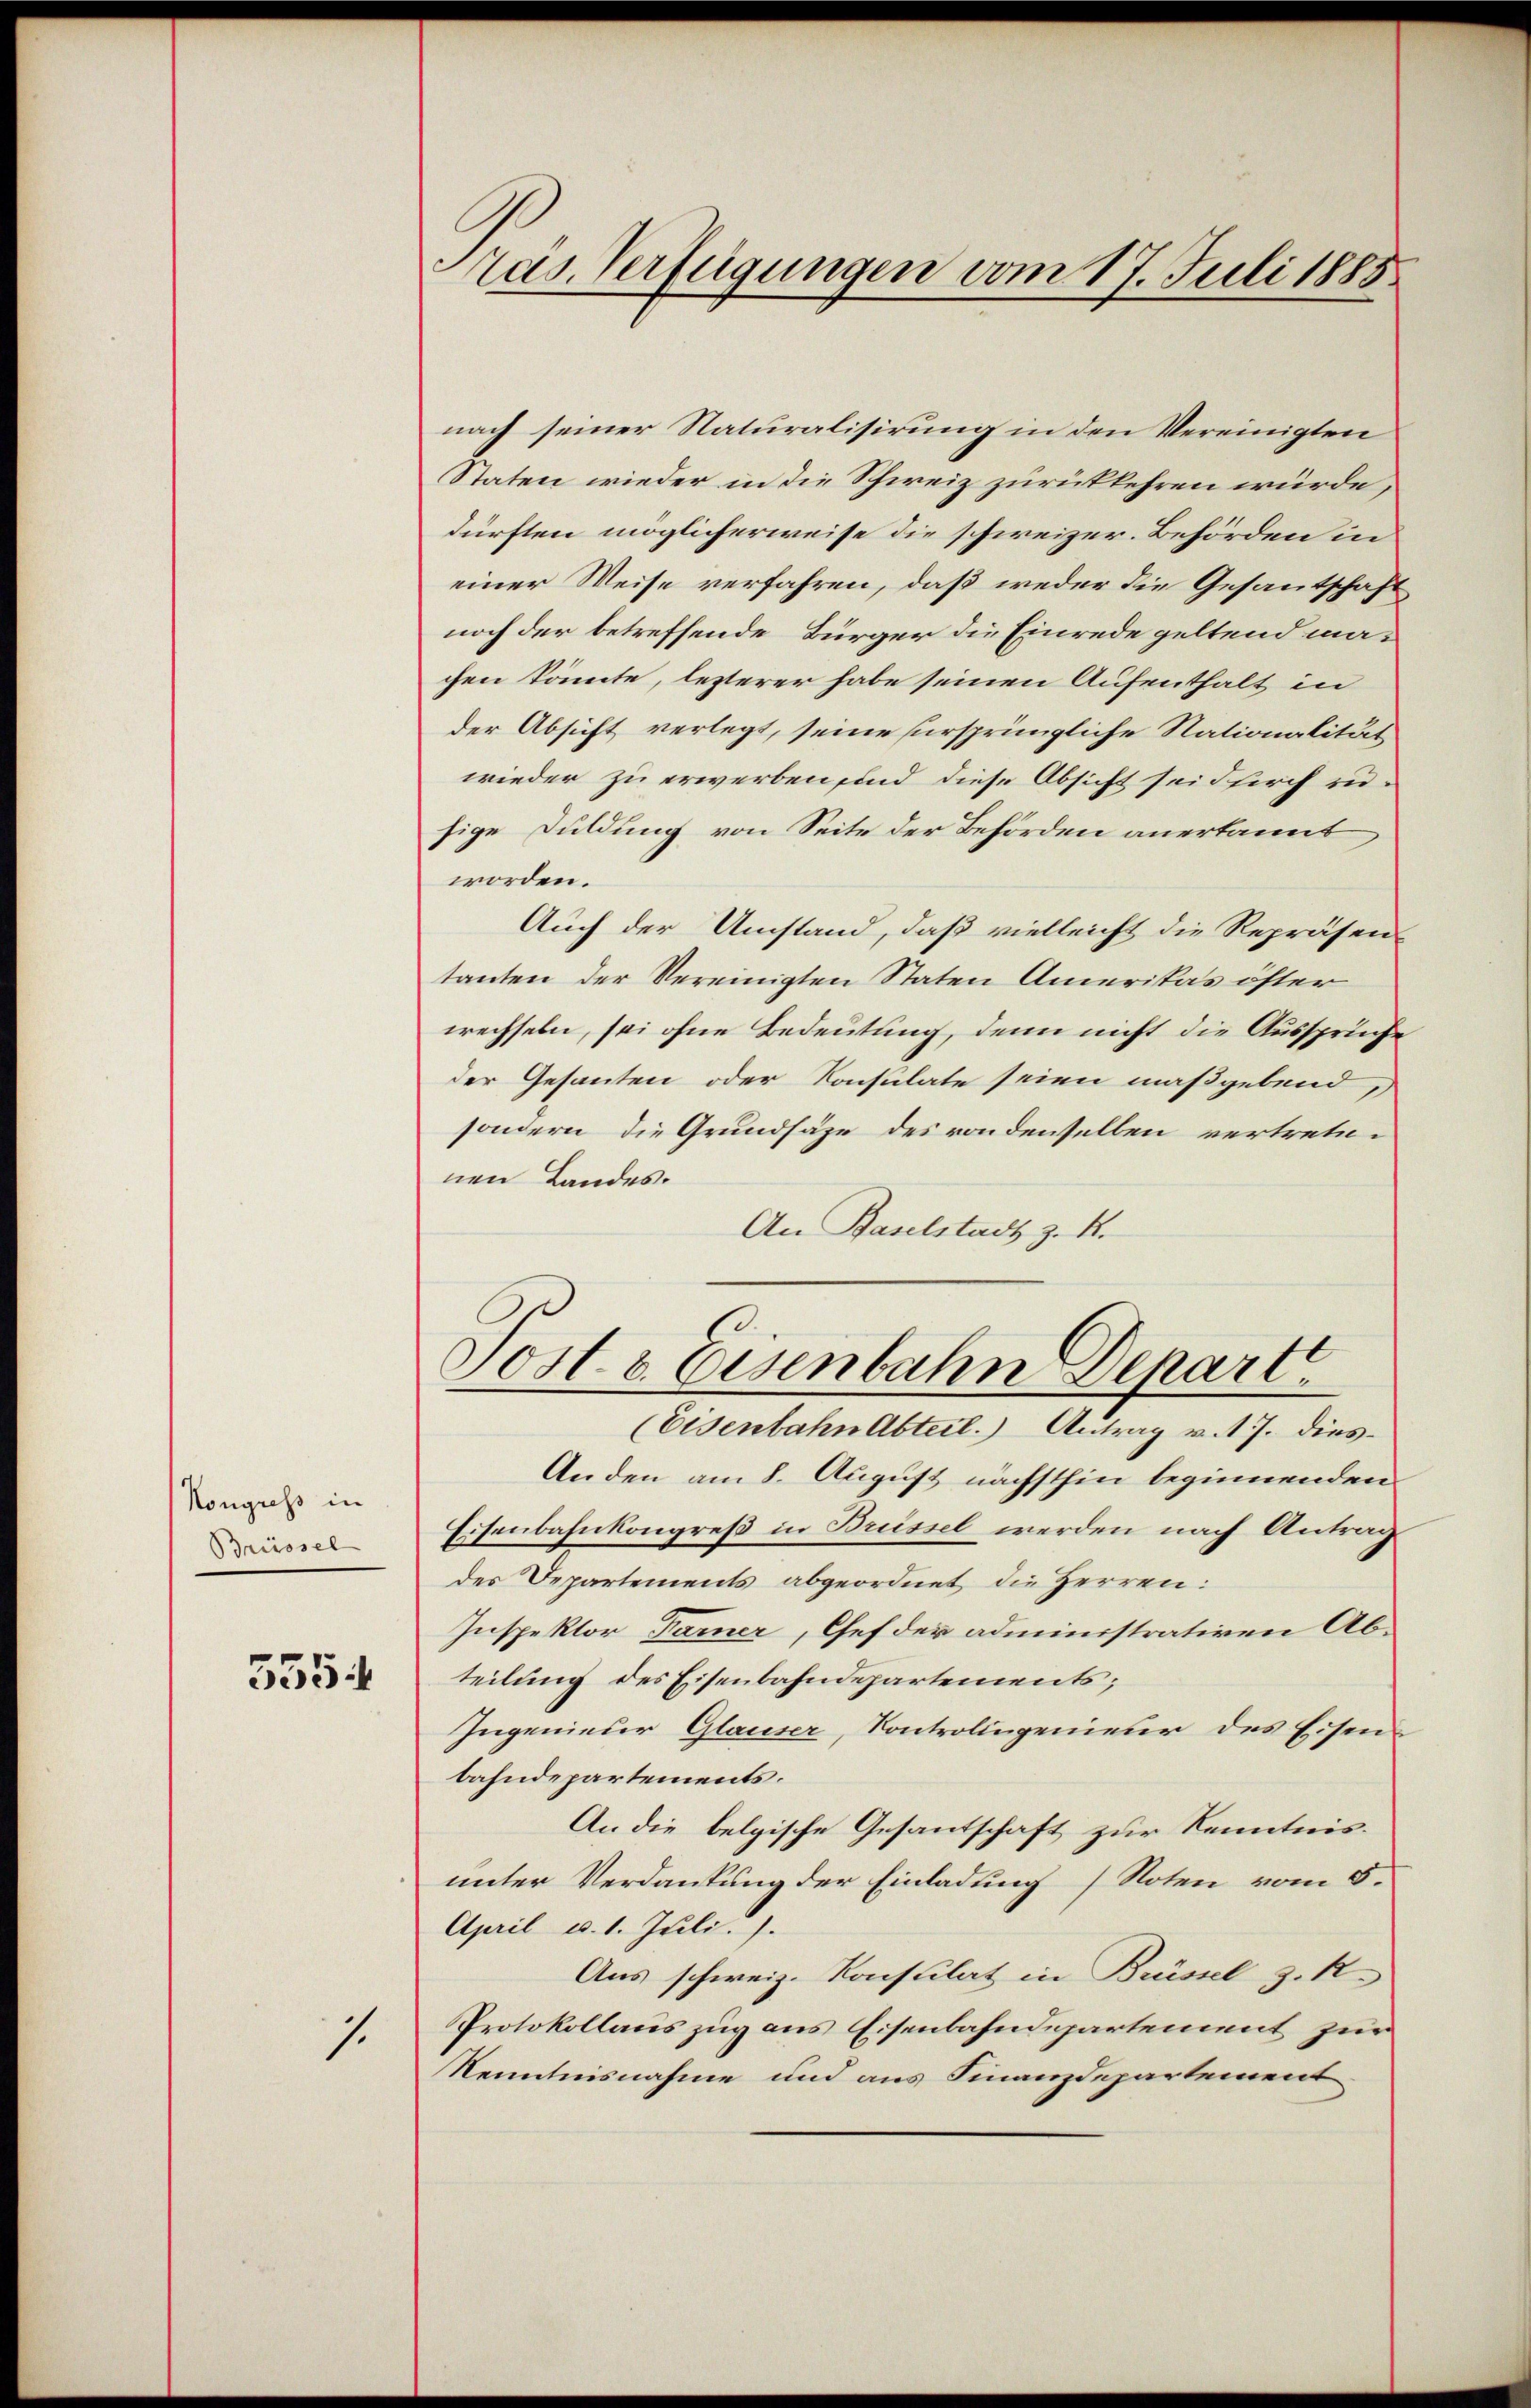
Kongress in
Brüssel

3354

1.

ras. Verfügungen vom 17. Juli 1888

nach seiner Naturalisirung in den Vereinigten
Staten wieder in die Schweiz zurükkehren würde,
dürften möglicherweise die schweizer. Behörden in
einer Weise verfahren, daß weder die Gesantschaft
noch der betreffende Bürger die Einrede geltend machen könnte, lezterer habe seinen Aufenthalt in
der Absicht verlegt, seine ursprüngliche Nationalität
wieder zu erwerben sind diese Absicht seid sich zu-
sige Duldung von Seite der Behörden anerkannt
worden.
Auch der Umstand, daß vielleicht die Repräsen
tanten der Vereinigten Staten Amerikas öfter
wechseln, sei ohne Bedeutung, denn nicht die Aussprüche
der Gesanten oder Konsulate seien maßgebend,
sondern die Grundsäze des von denselben vertretenen Landes.
An Baselstadt z. R.
Tost & Eisenbahn Depart
(Eisenbahn Abteil. Antrag v. 17. dies¬
Anden am 8. August nächsthin beginnenden
Eisenbahnkongreß in Brüssel werden nach Antrag
des Departements abgeordnet die Herren:
Inspektor Farner, Chef der administrativen Abteilung des Eisenbahndepartements;
Ingenieder Glauser, Kontrolingenieur des Eisenbahndepartements.
An die belgische Gesantschaft zur Kenntnisunter Verdankung der Einladung (Noten vom 5.
April u. 1. Juli.).
Aus schweiz. Konsulat in Brüssel z. R.
Protokollauszug aus Eisenbahndepartement zur
Kenntnisnahme und aus Finanzdepartement